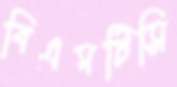
বিএমটিসি